Report on horse surra - Volume II, Part I
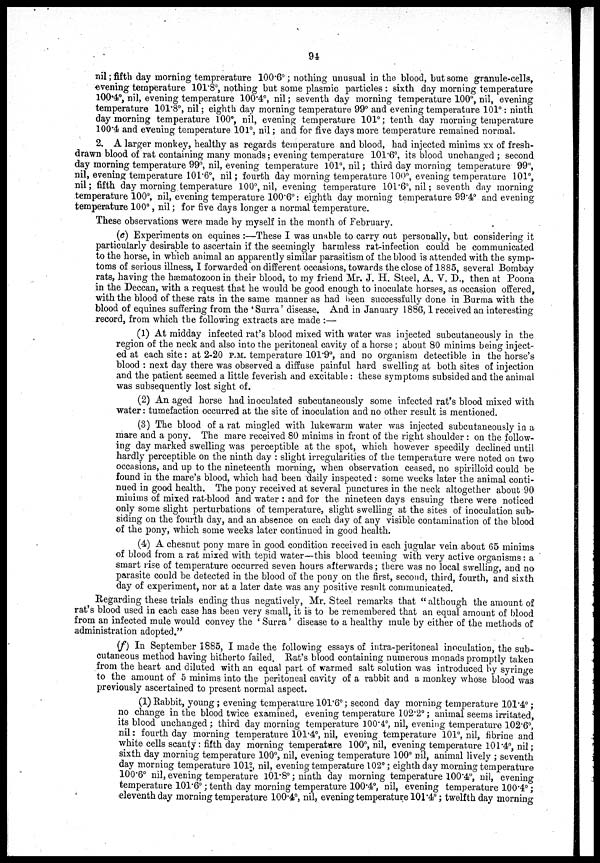
94
nil ; fifth day morning temprerature 100.6°; nothing unusual in the blood, but some granule-cells,
evening temperature 101.8°, nothing but some plasmic particles : sixth day morning temperature
100.4°, nil, evening temperature 100.4°, nil; seventh day morning temperature 100°, nil, evening
temperature 101.8°, nil; eighth day morning temperature 99° and evening temperature 101°: ninth
day morning temperature 100°, nil, evening temperature 101°; tenth day morning temperature
100.4 and evening temperature 101°, nil; and for five days more temperature remained normal.
2. A larger monkey, healthy as regards temperature and blood, had injected minims xx of fresh-
drawn blood of rat containing many monads; evening temperature 101.6°, its blood unchanged ; second
day morning temperature 99°, nil, evening temperature 101°, nil; third day morning temperature 99°,
nil, evening temperature 101.6°, nil; fourth day morning temperature 100°, evening temperature 101°,
nil; fifth day morning temperature 100°, nil, evening temperature 101.6°, nil; seventh day morning
temperature 100°, nil, evening temperature 100.6°: eighth day morning temperature 99.4° and evening
temperature 100°, nil; for five days longer a normal temperature.
These observations were made by myself in the month of February.
(e) Experiments on equines :—These I was unable to carry out personally, but considering it
particularly desirable to ascertain if the seemingly harmless rat-infection could be communicated
to the horse, in which animal an apparently similar parasitism of the blood is attended with the symp-
toms of serious illness, I forwarded on different occasions, towards the close of 1885, several Bombay
rats, having the hæmatozoon in their blood, to my friend Mr. J. H. Steel, A. V. D., then at Poona
in the Deccan, with a request that he would be good enough to inoculate horses, as occasion offered,
with the blood of these rats in the same manner as had been successfully done in Burma with the
blood of equines suffering from the 'Surra' disease. And in January 1886, 1 received an interesting
record, from which the following extracts are made :—
(1) At midday infected rat's blood mixed with water was injected subcutaneously in the
region of the neck and also into the peritoneal cavity of a horse ; about 80 minims being inject-
ed at each site: at 2-20 P.M. temperature 101.9°, and no organism detectible in the horse's
blood : next day there was observed a diffuse painful hard swelling at both sites of injection
and the patient seemed a little feverish and excitable : these symptoms subsided and the animal
was subsequently lost sight of.
(2) An aged horse had inoculated subcutaneously some infected rat's blood mixed with
water: tumefaction occurred at the site of inoculation and no other result is mentioned.
(3) The blood of a rat mingled with lukewarm water was injected subcutaneously in a
mare and a pony. The mare received 80 minims in front of the right shoulder : on the follow-
ing day marked swelling was perceptible at the spot, which however speedily declined until
hardly perceptible on the ninth day : slight irregularities of the temperature were noted on two
occasions, and up to the nineteenth morning, when observation ceased, no spirilloid could be
found in the mare's blood, which had been daily inspected : some weeks later the animal conti-
nued in good health. The pony received at several punctures in the neck altogether about 90
minims of mixed rat-blood and water : and for the nineteen days ensuing there were noticed
only some slight perturbations of temperature, slight swelling at the sites of inoculation sub-
siding on the fourth day, and an absence on each day of any visible contamination of the blood
of the pony, which some weeks later continued in good health.
(4) A chesnut pony mare in good condition received in each jugular vein about 65 minims
of blood from a rat mixed with tepid water—this blood teeming with very active organisms : a
smart rise of temperature occurred seven hours afterwards; there was no local swelling, and no
parasite could be detected in the blood of the pony on the first, second, third, fourth, and sixth
day of experiment, nor at a later date was any positive result communicated.
Regarding these trials ending thus negatively, Mr. Steel remarks that "although the amount of
rat's blood used in each case has been very small, it is to be remembered that an equal amount of blood
from an infected mule would convey the ' Surra' disease to a healthy mule by either of the methods of
administration adopted."
(f) In September 1885, I made the following essays of intra-peritoneal inoculation, the sub-
cutaneous method having hitherto failed. Rat's blood containing numerous monads promptly taken
from the heart and diluted with an equal part of warmed salt solution was introduced by syringe
to the amount of 5 minims into the peritoneal cavity of a rabbit and a monkey whose blood was
previously ascertained to present normal aspect.
(1) Rabbit, young ; evening temperature 101.6°; second day morning temperature 101.4°;
no change in the blood twice examined, evening temperature 102.2°; animal seems irritated,
its blood unchanged ; third day morning temperature 100.4°, nil, evening temperature 102.6°,
nil: fourth day morning temperature 101.4°, nil, evening temperature 101°, nil, fibrine and
white cells scanty: fifth day morning temperature 100°, nil, evening temperature 101.4°, nil;
sixth day morning temperature 100°, nil, evening temperature 100° nil, animal lively ; seventh
day morning temperature 101°, nil, evening temperature 102°; eighth day morning temperature
100.6° nil, evening temperature 101.8°; ninth day morning temperature 100.4°, nil, evening
temperature 101.6°; tenth day morning temperature 100.4°, nil, evening temperature 100.4°;
eleventh day morning temperature 100.4°, nil, evening temperature 101.4°; twelfth day morning